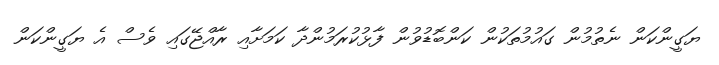
ޔަގީންކަން ނެތުމުން ގައުމުތަކުން ކަންބޮޑުވުން ފާޅުކުރަމުންދާ ކަމަށާއި ރާއްޖޭގައި ވެސް އެ ޔަގީންކަން